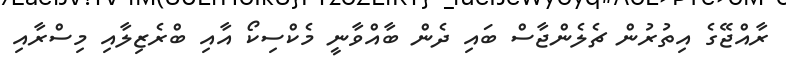
ރާއްޖޭގެ އިތުރުން ޗެލެންޖާސް ބައި ދެން ބާއްވާނީ މެކްސިކޯ އާއި ބްރެޒިލާއި މިސްރާއި